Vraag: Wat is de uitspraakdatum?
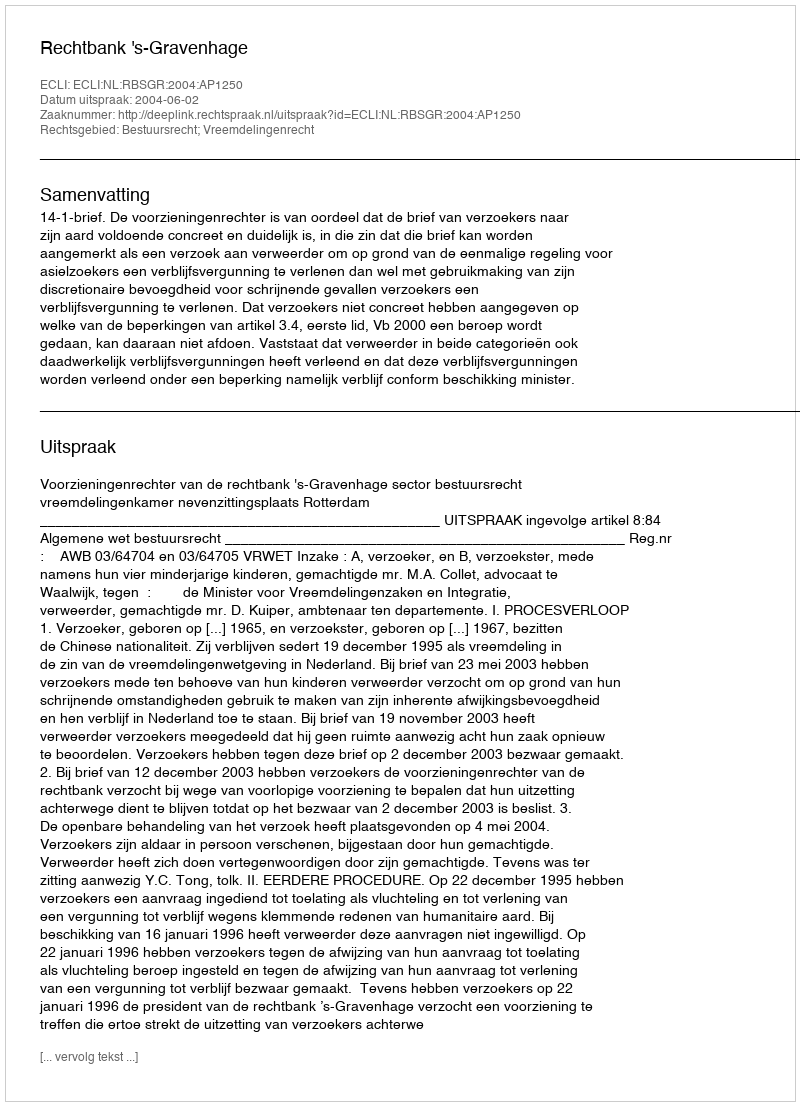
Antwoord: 2004-06-02